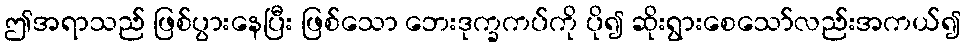
ဤအရာသည် ဖြစ်ပွားနေပြီး ဖြစ်သော ဘေးဒုက္ခကပ်ကို ပို၍ ဆိုးရွားစေသော်လည်းအကယ်၍